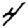
Digit: 4